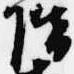
階